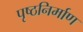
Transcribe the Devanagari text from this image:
पृष्ठनिर्माण